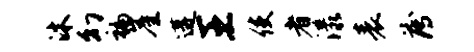
沐幻褊崖遘王使者漾表薄